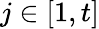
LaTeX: j\in[1,t]